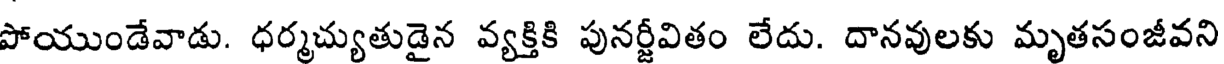
పోయుండేవాడు. ధర్మచ్యుతుడైన వ్యక్తికి పునర్జీవితం లేదు. దానవులకు మృతసంజీవని